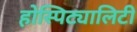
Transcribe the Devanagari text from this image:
होस्पिट्यालिटी